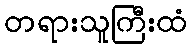
တရားသူကြီးထံ